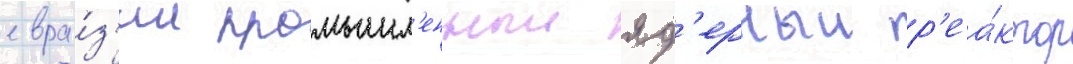
евра́з'ии промышл'енныи яд'ерныи р'еа́ктор